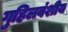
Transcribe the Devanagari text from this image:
गुहिलवंशीय